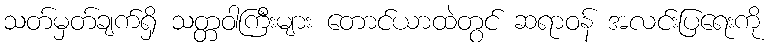
သတ်မှတ်ချက်ရှိ သတ္တဝါကြီးများ တောင်ယာထဲတွင် ဆရာဝန် အလင်းပြရေးကို